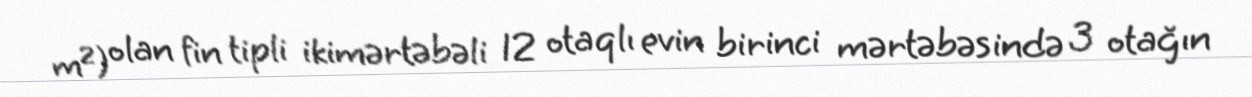
m²) olan fin tipli ikimərtəbəli 12 otaqlı evin birinci mərtəbəsində 3 otağın